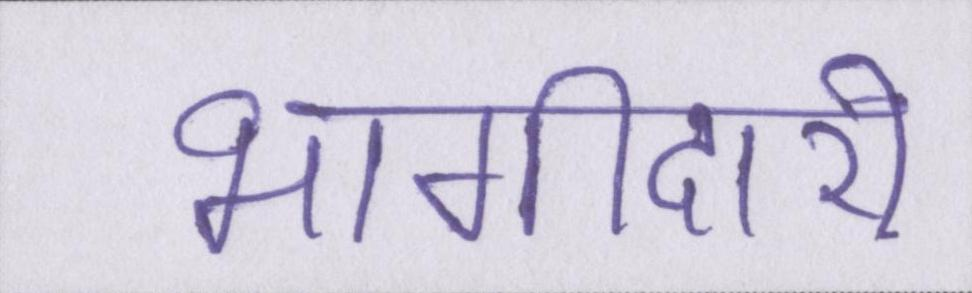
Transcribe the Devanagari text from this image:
भागीदारी